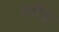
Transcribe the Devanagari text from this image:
वरिष्ठ